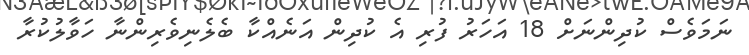
ނަމަވެސް ކުދިންނަށް 18 އަހަރު ފުރި އެ ކުދިން އަނެއްކާ ބެލެނިވެރިންނާ ހަވާލުކުރާ